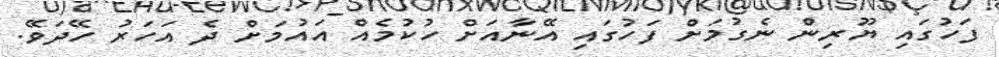
ފަހުގައި ޔޫރިން ނެގުމަށް ފަހުގައި އޭނާއަށް ހުކުމެއް އައުމަށް ދެ އަހަރު ހޭދަވޭ.